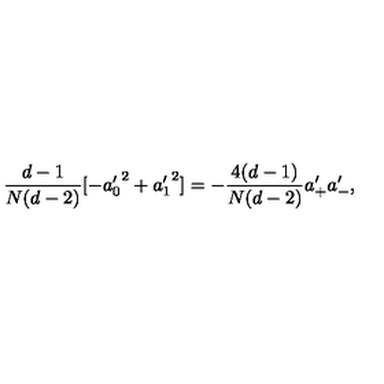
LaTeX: { \frac { d - 1 } { N ( d - 2 ) } } [ - { a _ { 0 } ^ { \prime } } ^ { 2 } + { a _ { 1 } ^ { \prime } } ^ { 2 } ] = - \frac { 4 ( d - 1 ) } { N ( d - 2 ) } { a } _ { + } ^ { \prime } { a } _ { - } ^ { \prime } ,